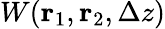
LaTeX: W({\mathbf r}_{1},{\mathbf r}_{2},\Delta z)